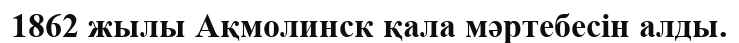
1862 жылы Ақмолинск қала мәртебесін алды.